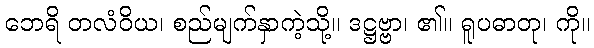
ဘေရိ တလံဝိယ၊ စည်မျက်နှာကဲ့သို့။ ဒဋ္ဌဗ္ဗာ၊ ၏။ ရူပဓာတု၊ ကို။